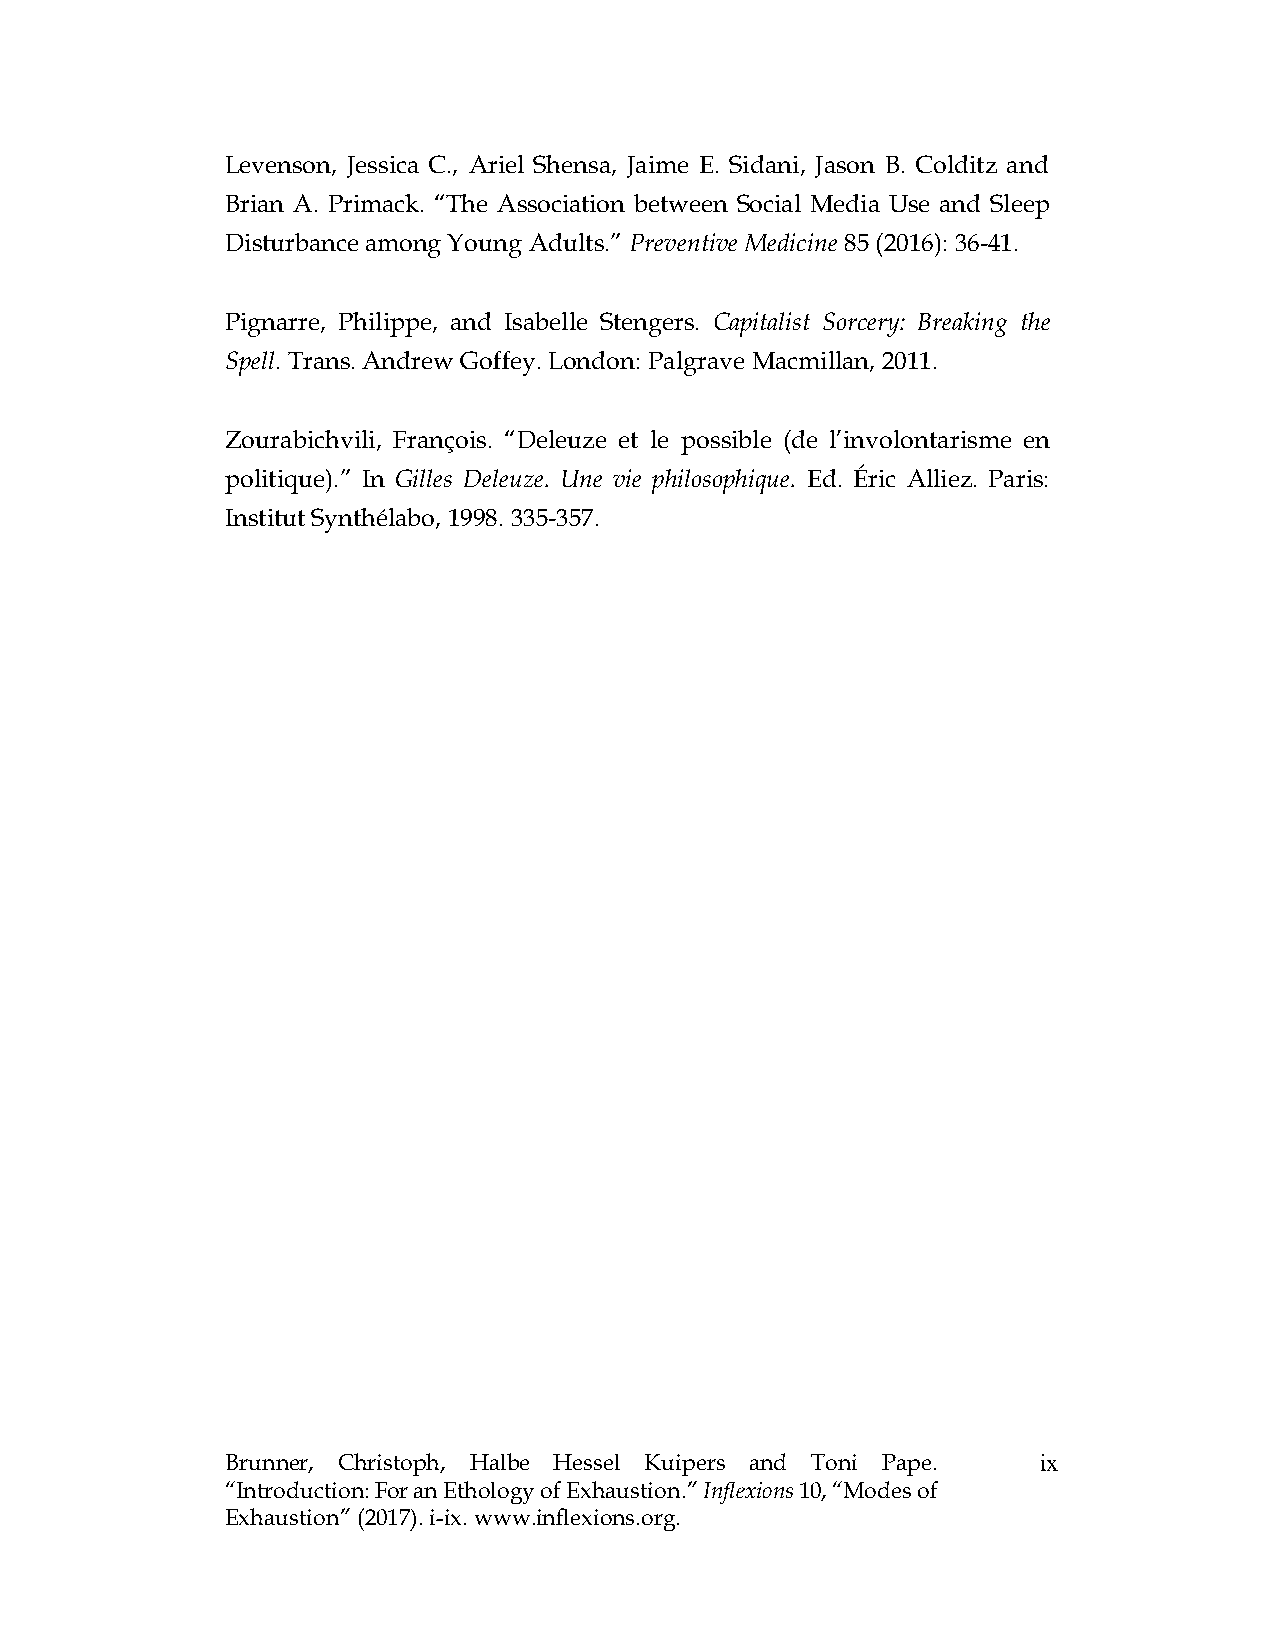
Levenson, Jessica C., Ariel Shensa, Jaime E. Sidani, Jason B. Colditz and
 Brian A. Primack. “The Association between Social Media Use and Sleep
 Disturbance among Young Adults.” Preventive Medicine 85 (2016): 36-41.
 Pignarre, Philippe, and Isabelle Stengers. Capitalist Sorcery: Breaking the
 Spell. Trans. Andrew Goffey. London: Palgrave Macmillan, 2011.
 Zourabichvili, François. “Deleuze et le possible (de l’involontarisme en
 politique).” In Gilles Deleuze. Une vie philosophique. Ed. Éric Alliez. Paris:
 Institut Synthélabo, 1998. 335-357.
 Brunner, Christoph, Halbe Hessel Kuipers and Toni Pape. ix
 “Introduction: For an Ethology of Exhaustion.” Inflexions 10, “Modes of
 Exhaustion” (2017). i-ix. www.inflexions.org.